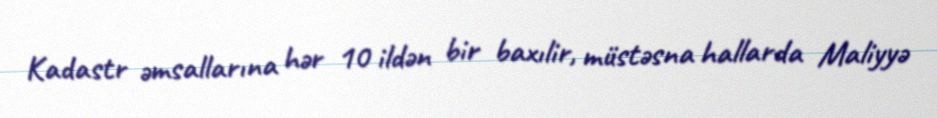
Kadastr əmsallarına hər 10 ildən bir baxılir, müstəsna hallarda Maliyyə